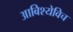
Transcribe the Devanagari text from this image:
आबिश्येविच